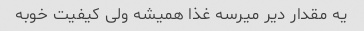
یه مقدار دیر میرسه غذا همیشه ولی کیفیت خوبه